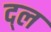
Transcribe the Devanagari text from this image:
द्ल